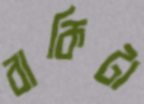
বাকিটা